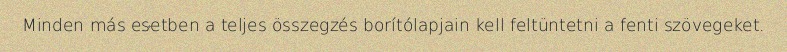
Minden más esetben a teljes összegzés borítólapjain kell feltüntetni a fenti szövegeket.